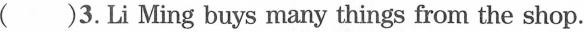
( )3.Li Ming buys many things from the shop.